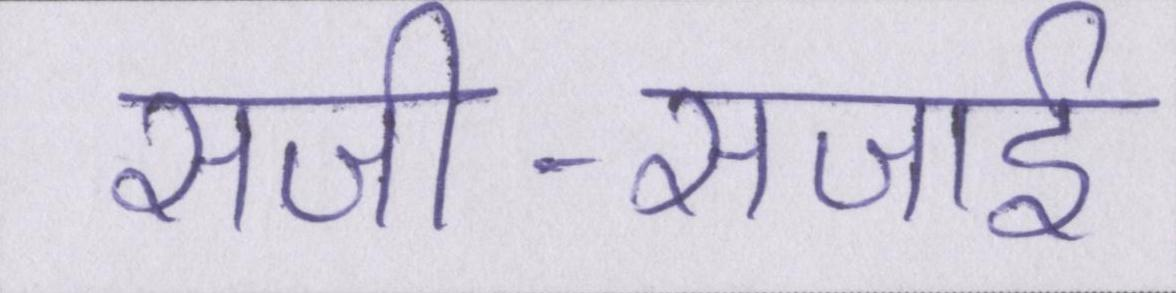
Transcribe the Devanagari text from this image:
सजी-सजाई